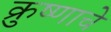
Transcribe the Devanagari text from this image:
क्रुष्णाचे